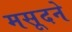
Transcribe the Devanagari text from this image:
मसूदने